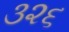
૩૨૬